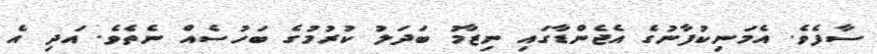
ސާފެވެ. އެމަނިކުފާނުގެ އެޖެންޑާގައި ނިޒާމު ބަދަލު ކުރުމުގެ ބަހުސެއް ނެތެވެ. އަދި އެ